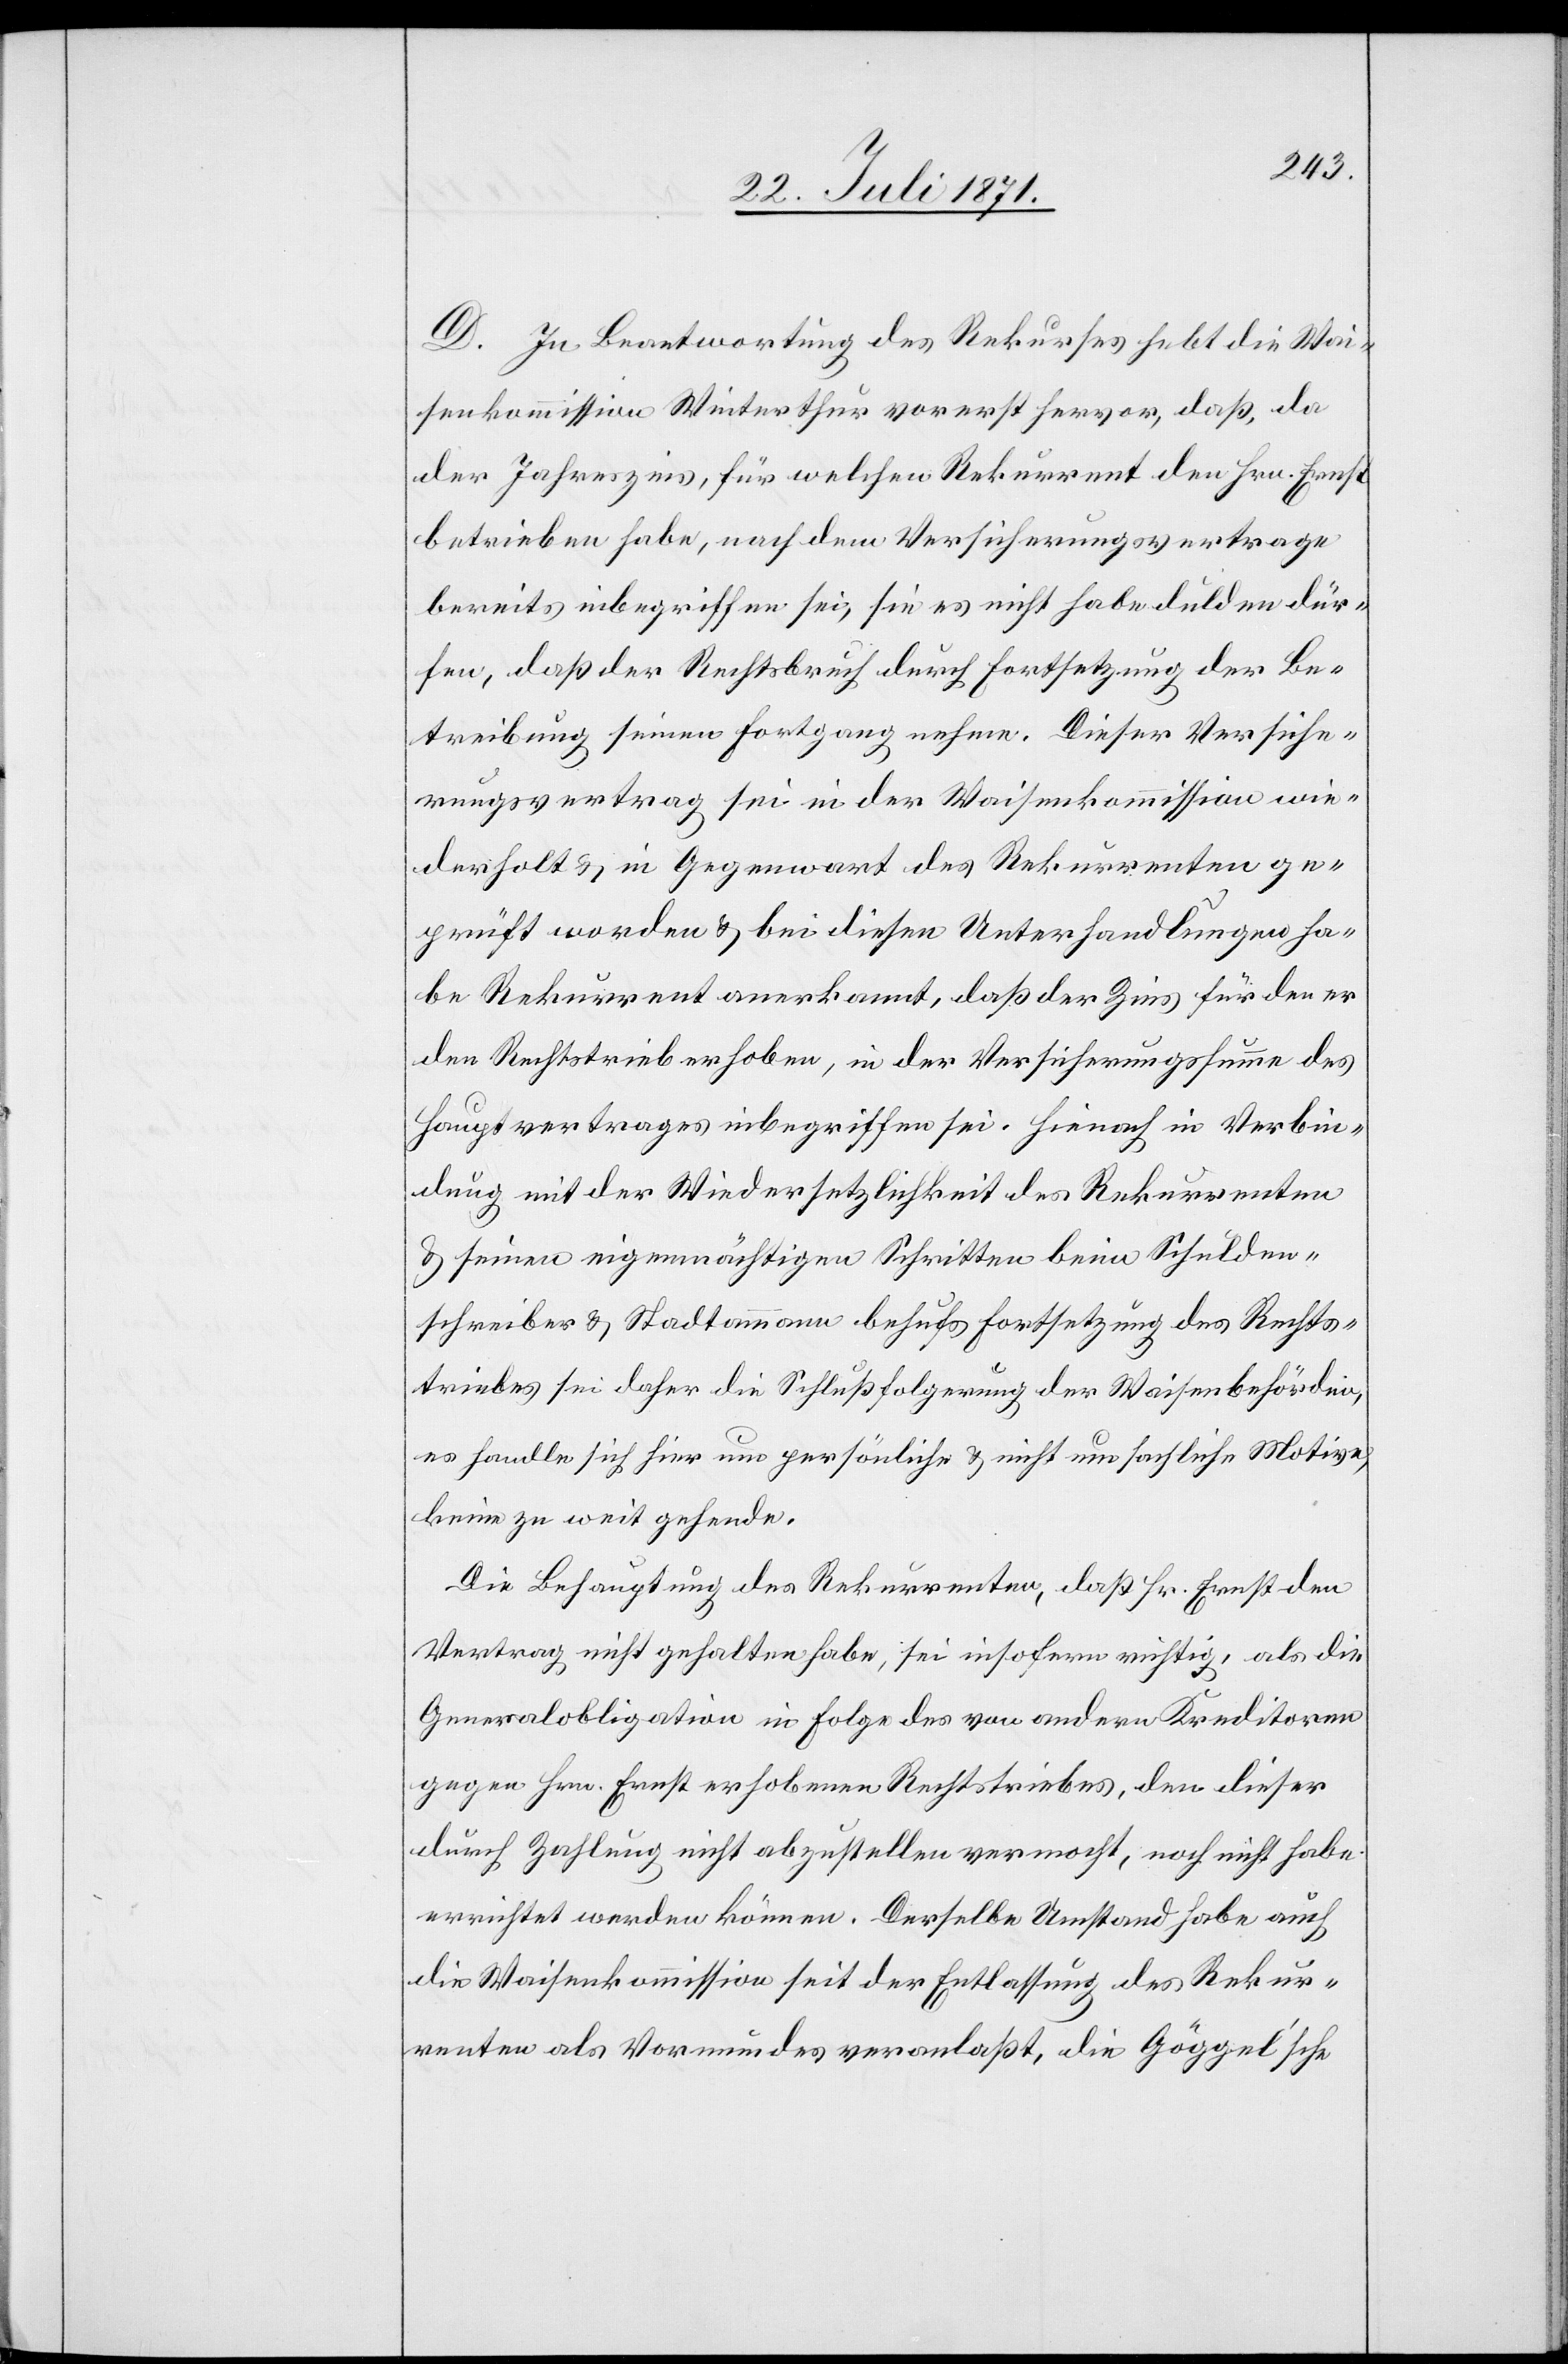
D. In Beantwortung des Rekurses hebt die Wai¬
senkommission Winterthur vorerst hervor, daß, da
der Jahreszins, für welchen Rekurrent den Hrn. Ernst
betrieben habe, nach dem Versicherungsvertrage
bereits inbegriffen sei, sie es nicht habe dulden dür¬
fen, daß der Rechtsbruch durch Fortsetzung der Be¬
treibung seinen Fortgang nehme. Dieser Versiche¬
rungsvertrag sei in der Waisenkommission wie¬
derholt u. in Gegenwart des Rekurrenten ge¬
prüft worden u. bei diesen Unterhandlungen ha¬
be Rekurrent anerkannt, daß der Zins für den er
den Rechtstrieb erhoben, in der Versicherungssumme des
Hauptvertrags inbegriffen sei. Hienach in Verbin¬
dung mit der Wiedersetzlichkeit des Rekurrenten
u. seinen eigenmächtigen Schritten beim Schulden¬
schreiber u. Stadtammann behufs Fortsetzung des Rechts¬
triebes sei daher die Schlußfolgerung der Waisenbehörden,
es handle sich hier um persönliche u. nicht um sachliche Motive,
keine zu weit gehende.
Die Behauptung des Rekurrenten, daß Hr. Ernst den
Vertrag nicht gehalten habe, sei insofern richtig, als die
Generalobligation in Folge des von andern Kreditoren
gegen Hrn. Ernst erhobenen Rechtstriebes, den dieser
durch Zahlung nicht abzustellen vermocht, noch nicht habe
errichtet werden können. Derselbe Umstand habe auch
die Waisenkommission seit der Entlassung des Rekur¬
renten als Vormundes [sic!] veranlaßt, die Göggel’sche